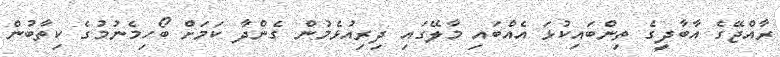
ރާއްޖޭގެ އާބާދީގެ ތިންބައިކުޅަ އެއްބައި މާލޭގައި ދިރިއުޅެމުން ގެންދާ ކަމަށް ބޯހިމެނުމުގެ ކިތާބުން